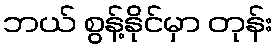
ဘယ် စွန့်နိုင်မှာ တုန်း